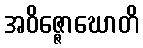
အဝိဇ္ဇောဃောတိ